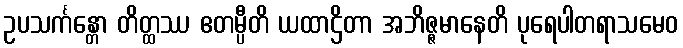
ဥပသင်္ကန္တော တိတ္ထဿ ဧတမ္ပီတိ ယထာဌိတာ အဘိဇ္ဇမာနေတိ ပုရေပါတရာသမေဝ